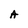
Character: A